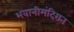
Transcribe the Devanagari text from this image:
भवानीमंदिरात